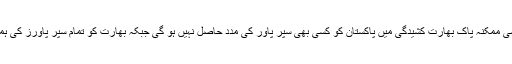
یاد رہے کہ ان حالات میں کسی ممکنہ پاک بھارت کشیدگی میں پاکستان کو کسی بھی سپر پاور کی مدد حاصل نہیں ہو گی جبکہ بھارت کو تمام سپر پاورز کی ہمدردی یا حمایت حاصل ہوگی۔